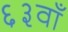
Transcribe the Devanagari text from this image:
६३वाँ